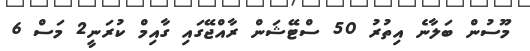
މޫސުން ބަލާނެ އިތުރު 50 ސްޓޭޝަން ރާއްޖޭގައި ގާއިމް ކުރަނީ2 މަސް 6